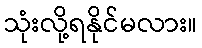
သုံးလို့ရနိုင်မလား။